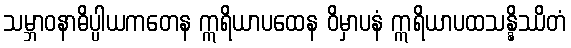
သမ္ဘာဝနာဓိပ္ပါယကတေန ဣရိယာပထေန ဝိမှာပနံ ဣရိယာပထသန္နိဿိတံ